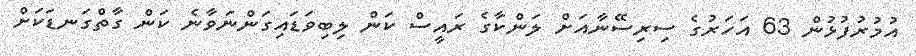
އުމުރުފުޅުން 63 އަހަރުގެ ސިރިސޭނާއަށް ލަންކާގެ ރައީސް ކަން ލިބިވަޑައިގަންނަވާނެ ކަން ގާތްގަނޑަކަށް